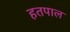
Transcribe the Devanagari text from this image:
हतपाल